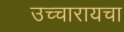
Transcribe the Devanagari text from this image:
उच्चारायचा